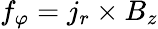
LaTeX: f_{\varphi}=j_{r}\times B_{z}